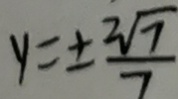
y = \pm \frac { 2 \sqrt { 7 } } { 7 }